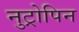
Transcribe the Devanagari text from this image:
नुट्रोपिन